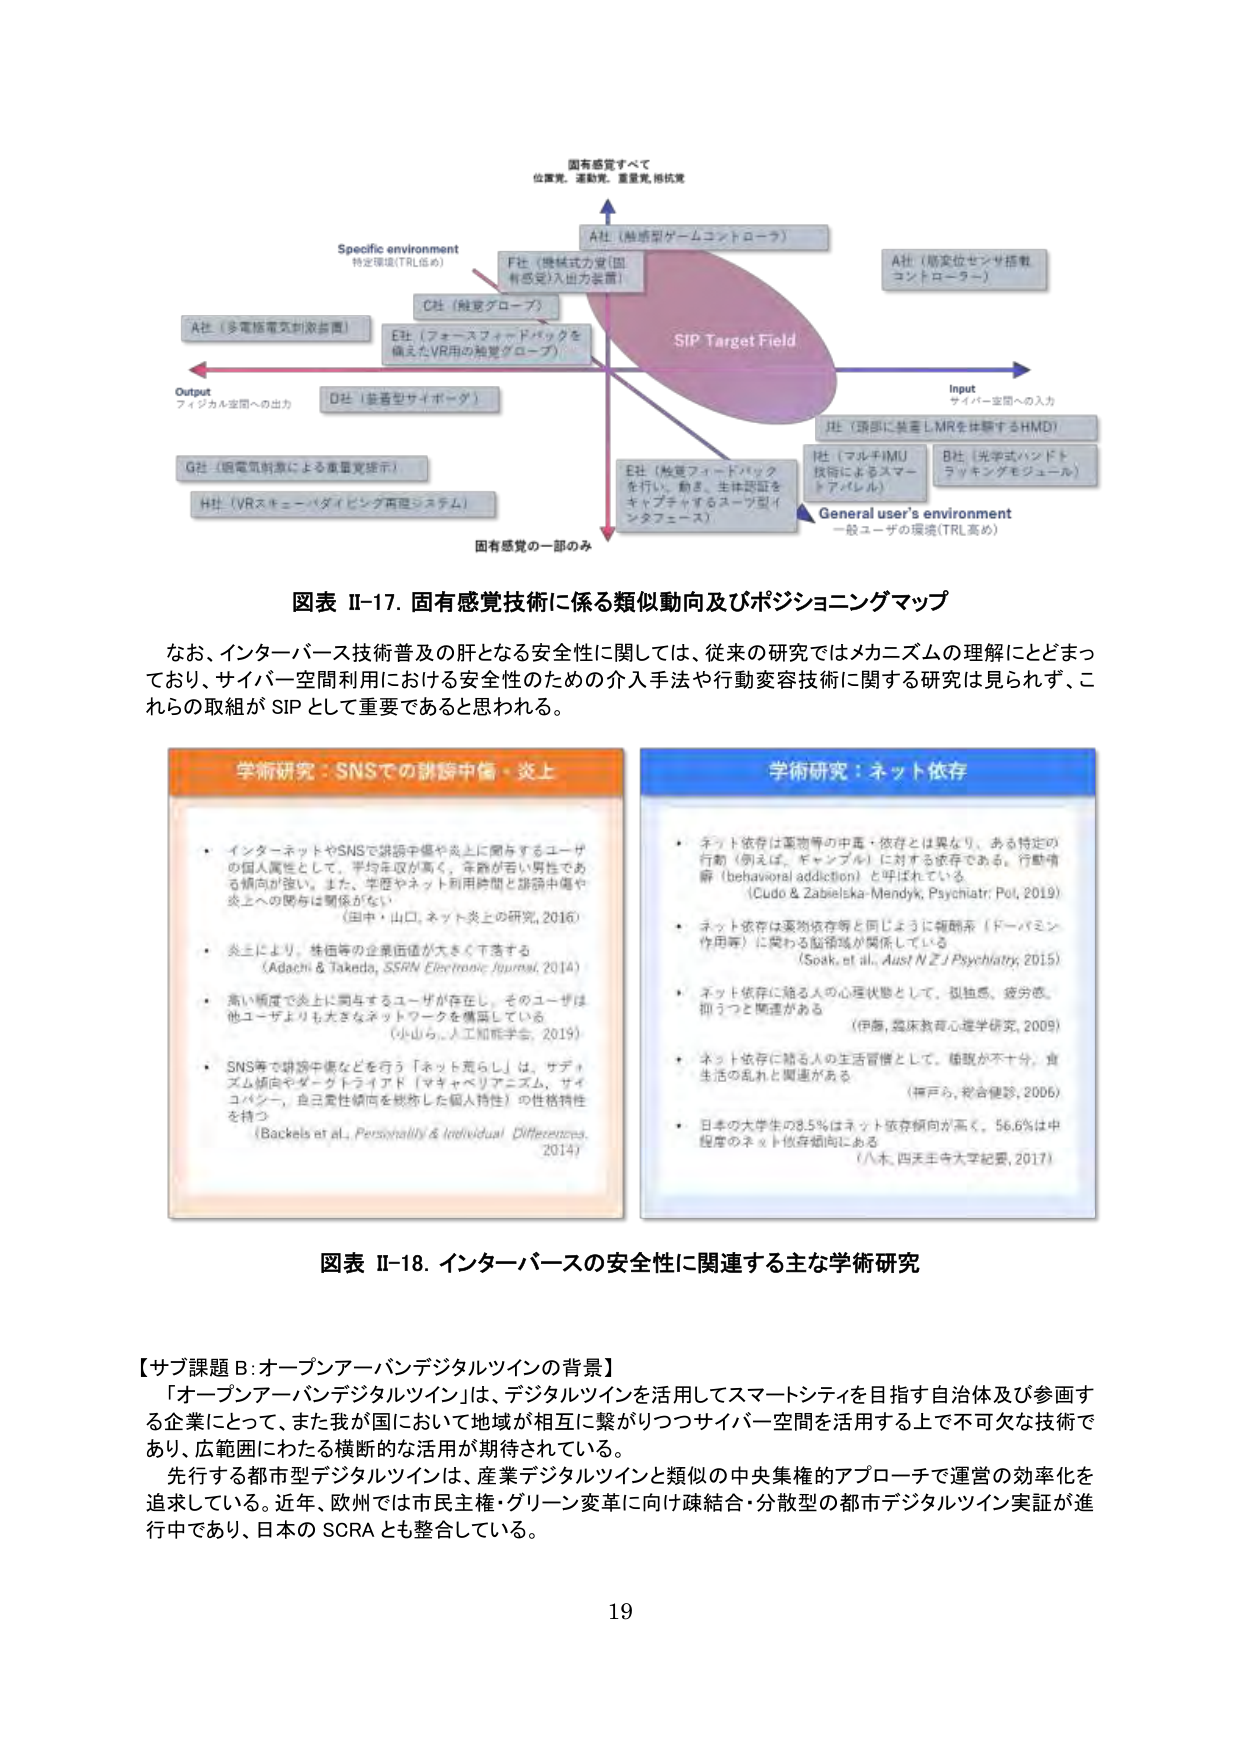
図表 II-17. 固有感覚技術に係る類似動向及びポジショニングマップ

なお、インターバース技術普及の肝となる安全性に関しては、従来の研究ではメカニズムの理解にとどまっており、サイバー空間利用における安全性のための介入手法や行動変容技術に関する研究は見られず、これらの取組が SIP として重要であると思われる。

学術研究：SNSでの誹謗中傷・炎上
・ インターネットやSNSで誹謗中傷や炎上に関するユーザの個人属性として、平均年収が高く、年齢が若い男性である傾向が強い。また、学歴やネット利用時間と誹謗中傷や炎上への関与は関係がない
（田中・山口、ネット炎上の研究、2016）
・ 炎上により、株価等の企業価値が大きく下落する
（Adachi & Takeda, SSRN Electronic Journal, 2014）
・ 高い頻度で炎上に関与するユーザが存在し、そのユーザは他ユーザよりも大きなネットワークを構築している
（小山ら、人工知能学会、2019）
・ SNS等で誹謗中傷などを行う「ネット荒らし」は、サディズム傾向やタートライアド（マキャベリアニズム、サイコパシー、自己中心性傾向を統称した個人特性）の性格特性を持つ
（Backels et al., Personality & Individual Differences, 2014）

学術研究：ネット依存
・ ネット依存は薬物等の中毒・依存とは異なり、ある特定の行動（例えば、ギャンブル）に対する依存である。行動依存（behavioral addiction）と呼ばれている
（Cudo & Zabelska-Mendyk, Psychiatr Pol, 2019）
・ ネット依存は薬物依存等と同じように報酬系（ドーパミン作用薬）に関わる脳領域が関係している
（Soak, et al., Aust NZ J Psychiatry, 2015）
・ ネット依存に陥る人の心理状態として、孤独感、疲労感、抑うつと関連がある
（伊藤、臨床教育心理学研究、2009）
・ ネット依存に陥る人の生活習慣として、睡眠が不十分、食生活の乱れと関連がある
（神戸ら、総合健診、2006）
・ 日本の大学生の8.5％はネット依存傾向が高く、56.6％は中程度のネット依存傾向にある
（八木、四天王寺大学紀要、2017）

図表 II-18. インターバースの安全性に関連する主な学術研究

【サブ課題 B：オープンアーバンデジタルツインの背景】
「オープンアーバンデジタルツイン」は、デジタルツインを活用してスマートシティを目指す自治体及び参画する企業にとって、また我が国において地域が相互に繋がりつつサイバー空間を活用する上で不可欠な技術であり、広範囲にわたる横断的な活用が期待されている。
先行する都市型デジタルツインは、産業デジタルツインと類似の中央集権的アプローチで運営の効率化を追求している。近年、欧州では市民主権・グリーン変革に向け疎結合・分散型の都市デジタルツイン実証が進行中であり、日本の SCRA とも整合している。

19